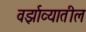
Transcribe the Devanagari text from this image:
वर्झाव्यातील